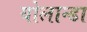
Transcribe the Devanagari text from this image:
योलान्डा